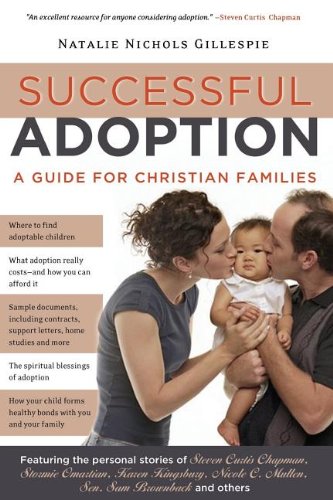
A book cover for Successful Adoption: A Guide for Christian Families; Natalie Gillespie; Christian Books & Bibles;